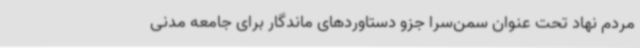
مردم نهاد تحت عنوان سمن‌سرا جزو دستاوردهای ماندگار برای جامعه مدنی